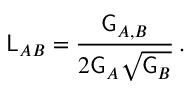
\mathsf { L } _ { A B } = \frac { \mathsf { G } _ { A , B } } { 2 \mathsf { G } _ { A } \sqrt { \mathsf { G } _ { B } } } \, .